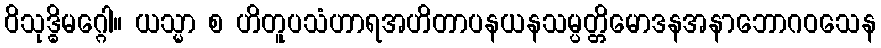
ဝိသုဒ္ဓိမဂ္ဂေါ။ ယသ္မာ စ ဟိတူပသံဟာရအဟိတာပနယနသမ္ပတ္တိမောဒနအနာဘောဂဝသေန